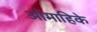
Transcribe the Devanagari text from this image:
ओमाहिके